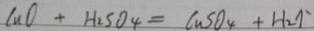
C u O + H _ { 2 } S O _ { 4 } = C u S O _ { 4 } + H _ { 2 } \uparrow